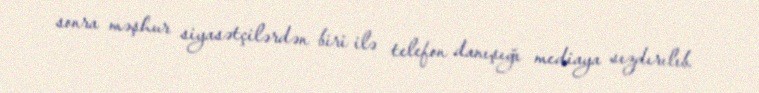
sonra məşhur siyasətçilərdən biri ilə telefon danışığı mediaya sızdırılıb.